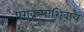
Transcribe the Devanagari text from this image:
पराक्रमाशिवाय